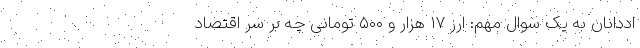
اددانان به یک سوالِ مهم:‌ ارز ۱۷ هزار و ۵۰۰ تومانی چه بر سرِ اقتصاد